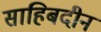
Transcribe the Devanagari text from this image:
साहिबदीन